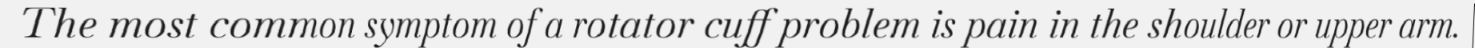
The most common symptom of a rotator cuff problem is pain in the shoulder or upper arm.